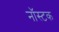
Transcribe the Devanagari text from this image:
नॉस्टक